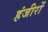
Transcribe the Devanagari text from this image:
हंजीरों